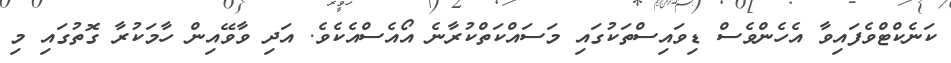
ކަނެކްޓްވެފައިވާ އެހެންވެސް ޑިވައިސްތަކުގައި މަސައްކަތްކުރާނެ އޯއެސްއެކެވެ. އަދި ވާވޭއިން ހާމަކުރާ ގޮތުގައި މި